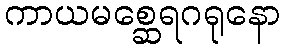
ကာယမစ္ဆေရဂရုနော